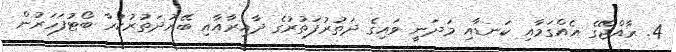
4. ރާއްޖޭގެ އެއްގަމާއި ކަނޑާއި މަދަނީ ވައިގެ ދަތުރުފަތުރުގެ ދާއިރާއާއި ބޭރުދަތުރުކުރާ ބޯޓުފަހަރުން